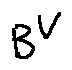
B ^ { V }